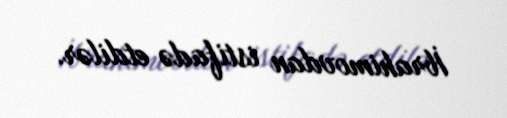
İbrahimovdan istifadə etdilər.